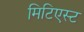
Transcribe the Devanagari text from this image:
मिटिएस्ट